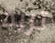
تريد